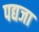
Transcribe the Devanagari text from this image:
पद्यजा